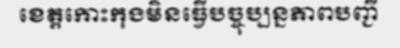
ខេត្តកោះកុងមិនធ្វើបច្ចុប្បន្នភាពបញ្ជី